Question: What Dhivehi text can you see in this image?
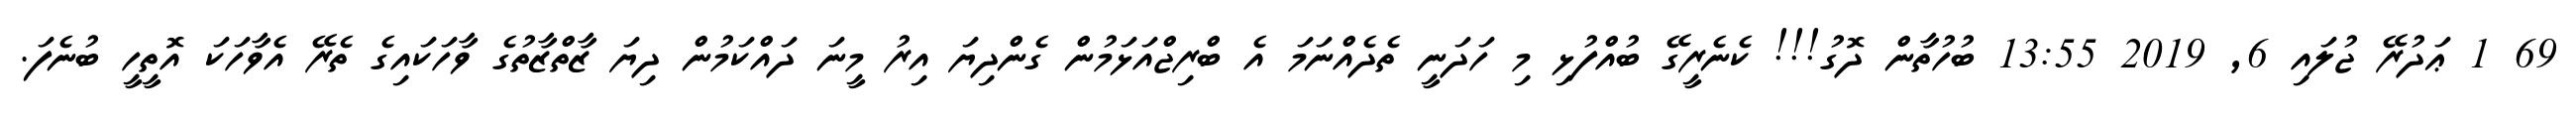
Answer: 69 1 ޢަދުރޭ ޖުލައި 6, 2019 13:55 ބުހުތާން ދޮގު!!! ކެނެރީގޭ ބުއްފުޅި މި ހަދަނީ ތެދެއްނަމަ އެ ބްރިޖްއަޅަމުން ގެންދިޔަ އިރު މީނަ ދައްކަމުން ދިޔަ ޒާތްޒާތުގެ ވާހަކައިގެ ތެރޭ އެވާހަކަ އޮތީހީ ބުނެފަ.